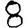
Digit: 8